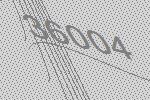
36004